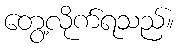
တွေ့လိုက်ရသည်။